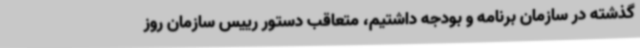
گذشته در سازمان برنامه و بودجه داشتیم، متعاقب دستور رییس سازمان روز